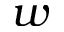
w